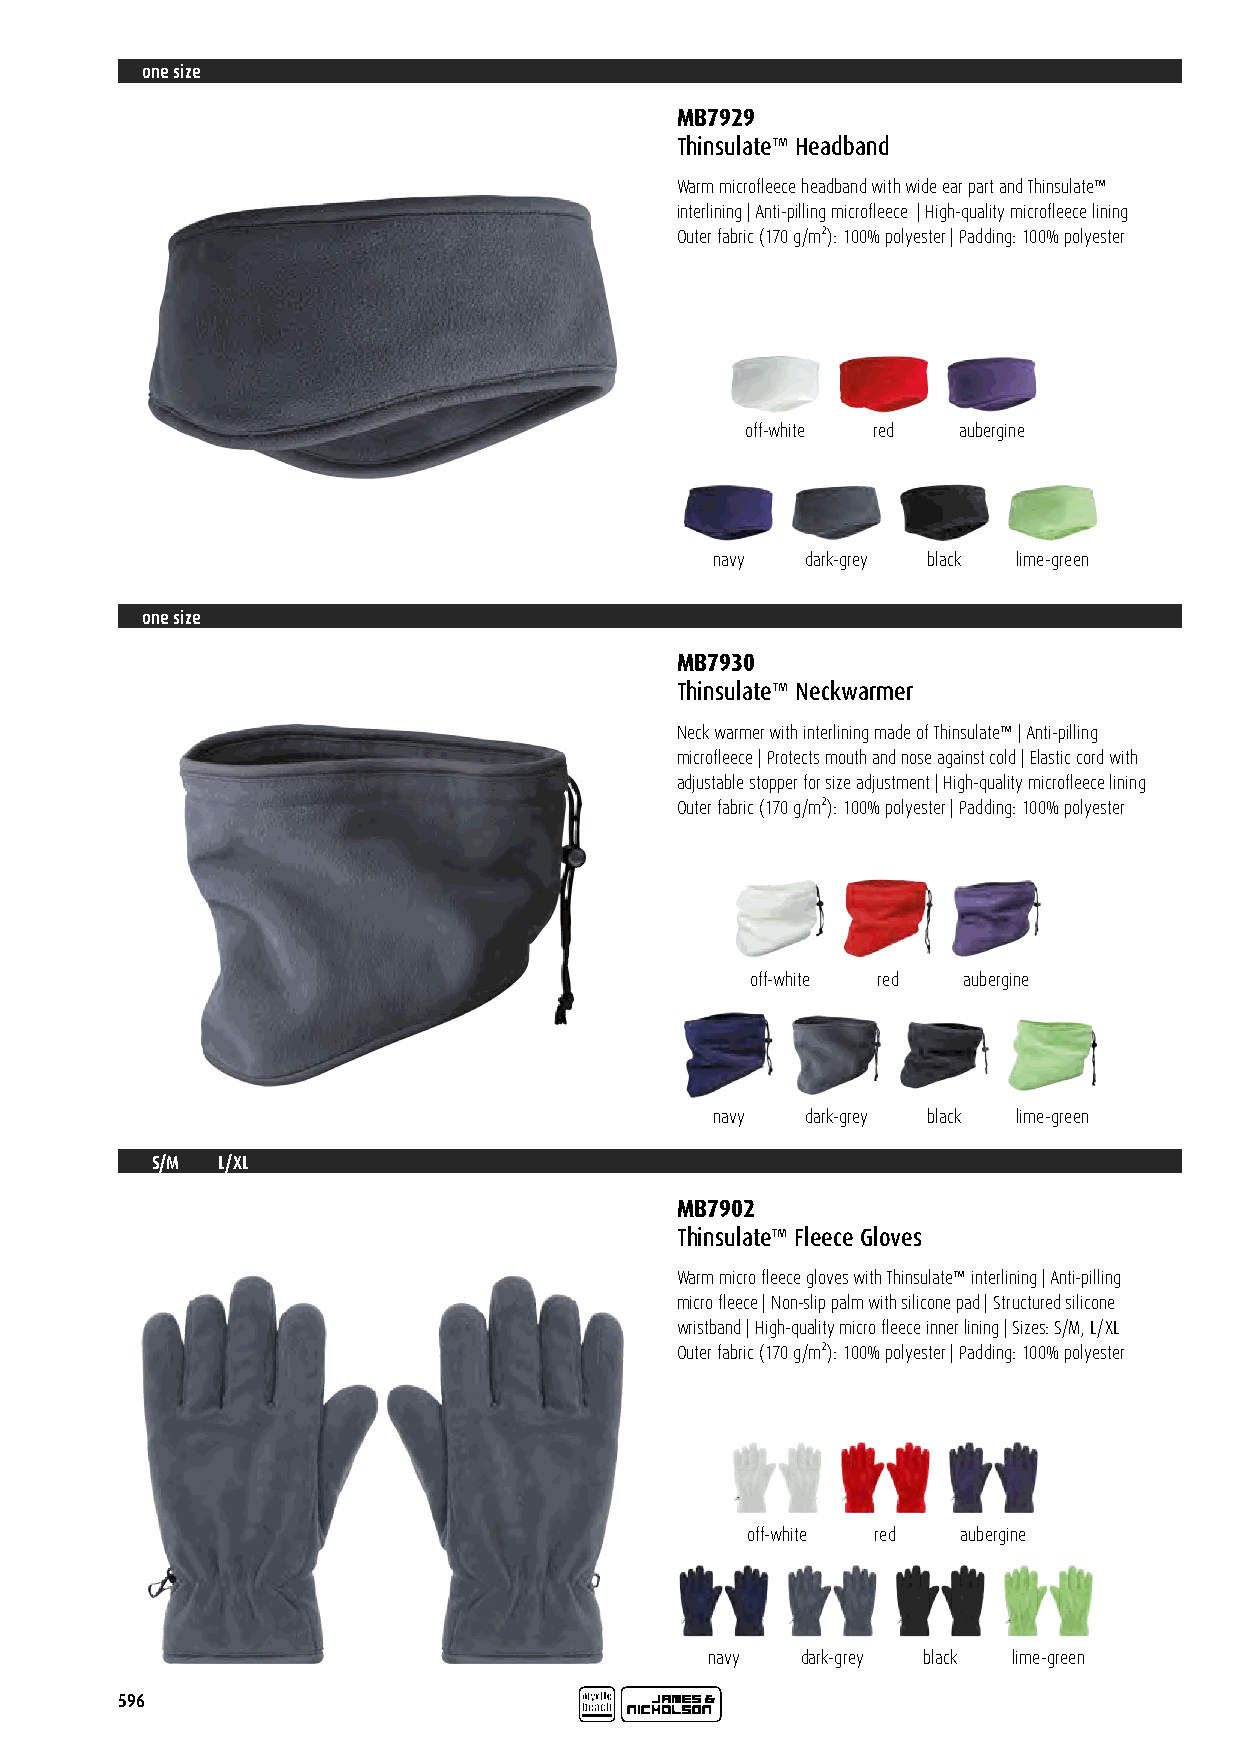
one size
 MB7929
 Thinsulate™ Headband
 Warm microfleece headband with wide ear part and Thinsulate™
 interlining | Anti-pilling microfleece | High-quality microfleece lining
 Outer fabric (170 g/m²): 100% polyester | Padding: 100% polyester
 off-white red aubergine
 navy  dark-grey black lime-green
 one size
 MB7930
 Thinsulate™ Neckwarmer
 Neck warmer with interlining made of Thinsulate™ | Anti-pilling
 microfleece | Protects mouth and nose against cold | Elastic cord with
 adjustable stopper for size adjustment | High-quality microfleece lining
 Outer fabric (170 g/m²): 100% polyester | Padding: 100% polyester
 off-white red aubergine
 navy  dark-grey black lime-green
 S/M L/XL
 MB7902
 Thinsulate™ Fleece Gloves
 Warm micro fleece gloves with Thinsulate™ interlining | Anti-pilling
 micro fleece | Non-slip palm with silicone pad | Structured silicone
 wristband | High-quality micro fleece inner lining | Sizes: S/M, L/XL
 Outer fabric (170 g/m²): 100% polyester | Padding: 100% polyester
 off-white red  aubergine
 navy  dark-grey black lime-green
 596